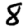
Digit: 8